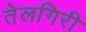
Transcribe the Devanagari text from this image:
तेलगिरी